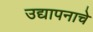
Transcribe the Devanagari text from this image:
उद्यापनाचे